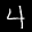
Label: 4